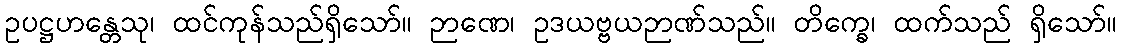
ဥပဋ္ဌဟန္တေသု၊ ထင်ကုန်သည်ရှိသော်။ ဉာဏေ၊ ဥဒယဗ္ဗယဉာဏ်သည်။ တိက္ခေ၊ ထက်သည် ရှိသော်။